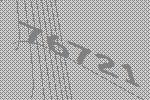
76721